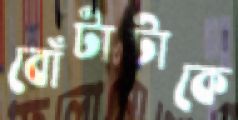
বোঁটাটাকে